Virumaa_algkoolid, lk 15
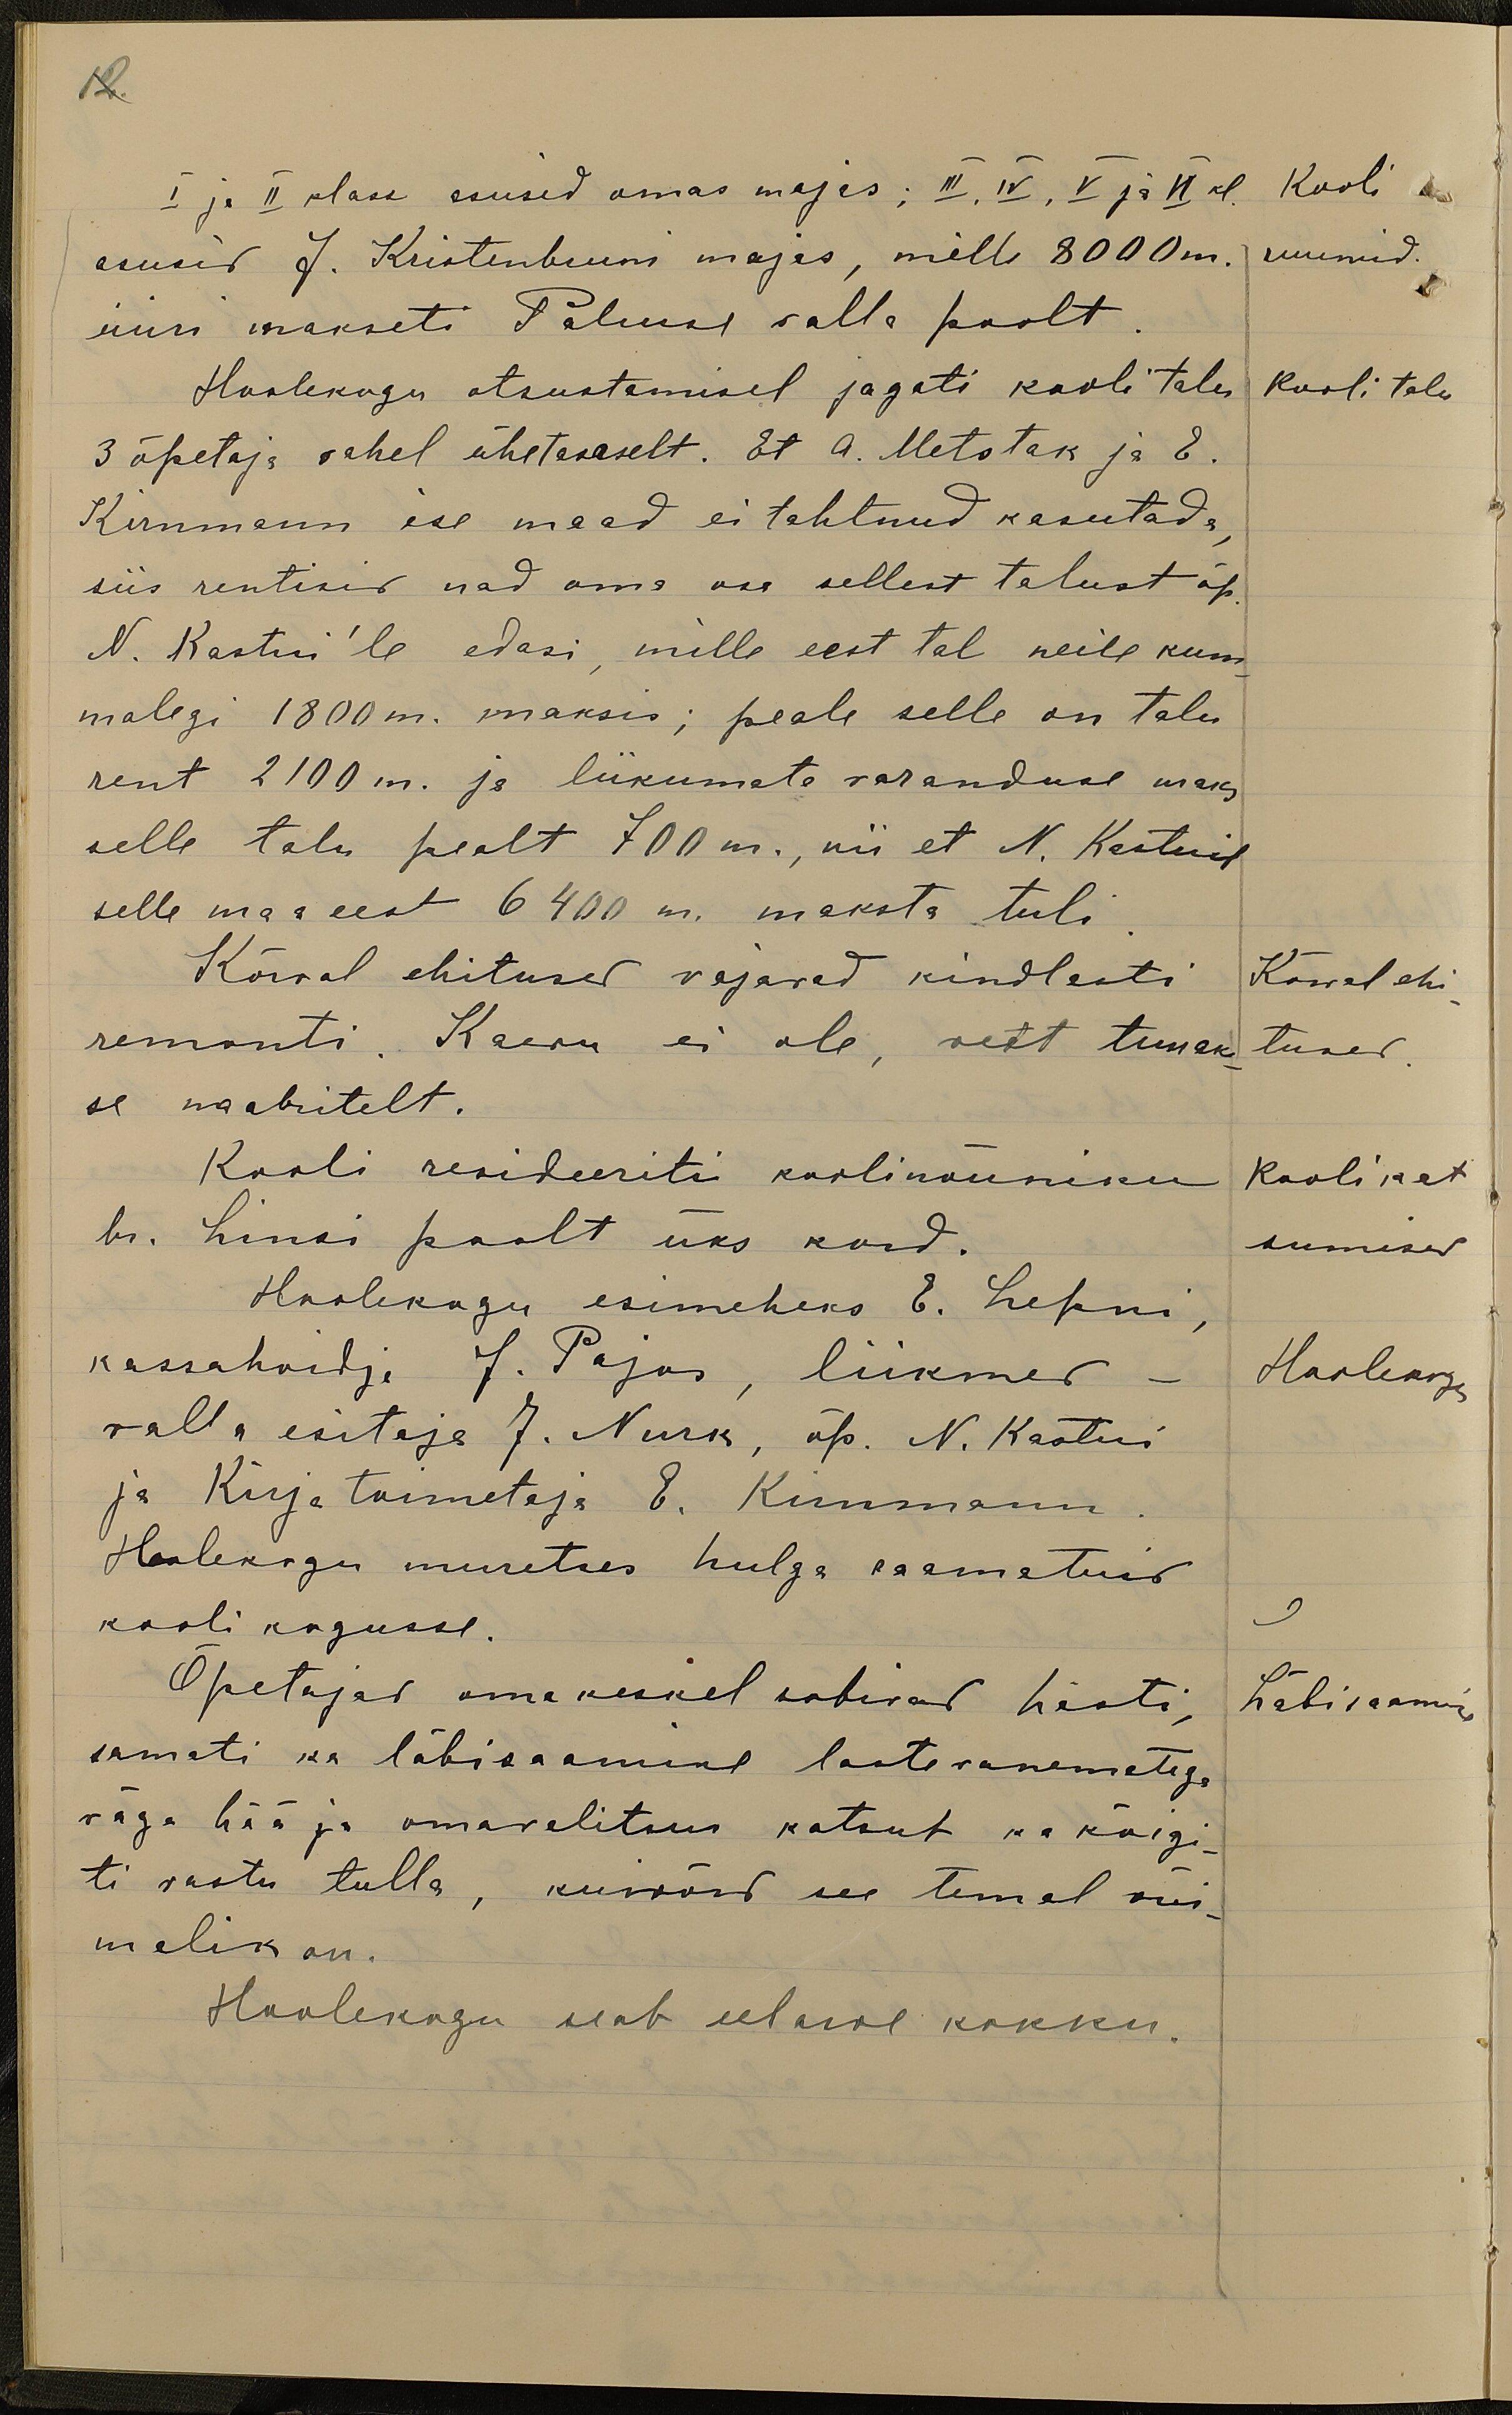
12.
I ja II klass asusid omas majas: III, IV, V ja VI kl.
Kooli
asusid J. Kristenbruni majas, mille 8000 m.
ruumid.
üüri makseti Palmse valla poolt
Hoolekogu otsustamisel jagati kooli talu
Kooli talu
3 õpetaja vahel ühetasaselt. Et A. Metstak ja E.
Kirnmann ise maad ei tahtnud kasutada,
siis rentisid nad oma osa sellest talust õp.
N. Kastni'le edasi, mille eest tal neile kum-
malegi 1800 m. maksis; peale selle on talu
rent 2100 m. ja liikumata varanduse maks
selle talu pealt 700 m., nii et N. Kastnil
selle maa eest 6400 m. maksta tuli
Kõrval ehitused vajavad kindlasti
Kõrval ehi-
remonti. Kaevu ei ole, vett tuuak-
tused.
se naabritelt.
Kooli revideeriti koolinõuniku
Kooli kat
hr. Linsi poolt üks kord.
sumised
Hoolekogu esimeheks E. Lepni,
kassahoidja J. Pajos, liikmed
Hoolekogu
valla esitaja J. Nurk, õp. N. Kastni
ja Kirja toimetaja E. Kirnmann
Hoolekogu muretses hulga raamatuid
kooli kogusse.
Õpetajad oma keskel sobivad hästi,
Läbisaamine
samuti ka läbisaamine lastevanematega
väga hää ja omavalitsus katsub ka kõigi-
ti vastu tulla, kuivõrd see temal või
malik on.
Hoolekogu seab eelarve kokku.